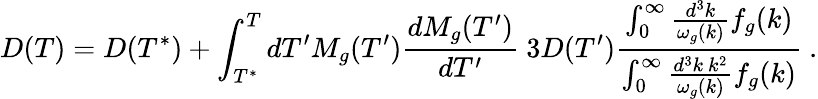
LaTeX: D(T)=D(T^{*})+\int_{T^{*}}^{T}dT^{\prime}M_{g}(T^{\prime})\frac{dM_{g}(T^{\prime})}{dT^{\prime}}\ 3D(T^{\prime}){\frac{\int_{0}^{\infty}\frac{d^{3}k}{\omega_{g}(k)}f_{g}(k)}{\int_{0}^{\infty}\frac{d^{3}k~k^{2}}{\omega_{g}(k)}f_{g}(k)}}\ .